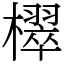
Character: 𣝦